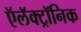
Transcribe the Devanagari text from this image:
ऍलॅक्ट्रॉनिक